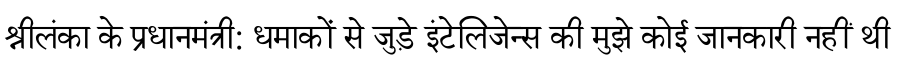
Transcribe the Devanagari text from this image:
श्रीलंका के प्रधानमंत्री: धमाकों से जुड़े इंटेलिजेन्स की मुझे कोई जानकारी नहीं थी